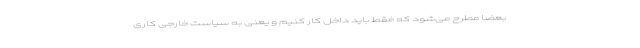
بعضا مطرح می‌شود که فقط باید داخل کار کنیم و یعنی به سیاست خارجی کاری